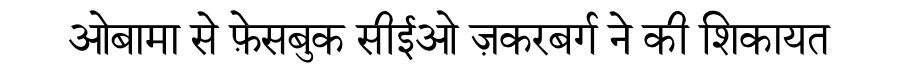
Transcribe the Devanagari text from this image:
ओबामा से फ़ेसबुक सीईओ ज़करबर्ग ने की शिकायत